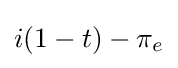
i(1-t)-\pi _{e}